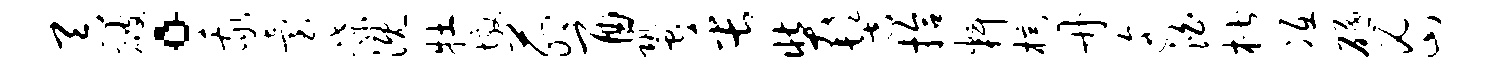
吞破。我台蹀溉牡墩茆酉蛩缶奘髻拾料棕册迤泊楷冱砥密